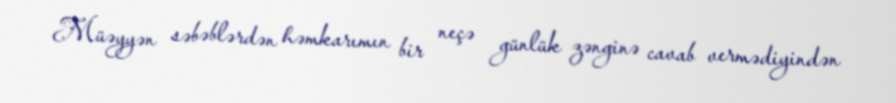
Müəyyən səbəblərdən həmkarımın bir neçə günlük zənginə cavab vermədiyindən